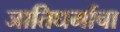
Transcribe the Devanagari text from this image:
जातिधर्माचा